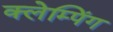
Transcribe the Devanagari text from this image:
क्लेम्पिंग